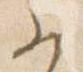
参